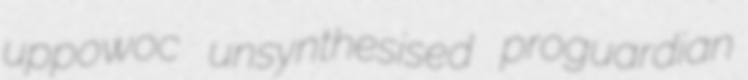
uppowoc unsynthesised proguardian